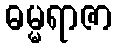
ဓမ္မရာဇာ